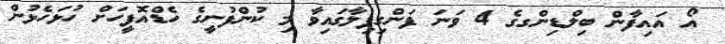
އޯ އައިފާން ބިލްޑިންގގެ 4 ވަނަ ފަންގިފިލާގައިވާ މި ކުންފުނީގެ ހެޑްއޮފީހަށް ހުޅަހެޅުން